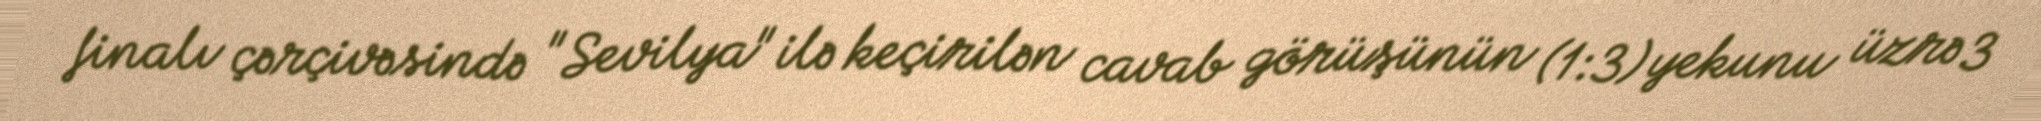
finalı çərçivəsində "Sevilya" ilə keçirilən cavab görüşünün (1:3) yekunu üzrə 3